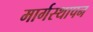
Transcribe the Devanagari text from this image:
मार्गस्थापन